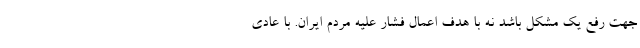
جهت رفع یک مشکل باشد نه با هدف اعمال فشار علیه مردم ایران. با عادی